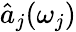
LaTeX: \hat{a}_{j}(\omega_{j})